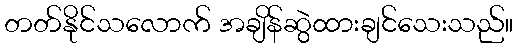
တတ်နိုင်သလောက် အချိန်ဆွဲထားချင်သေးသည်။